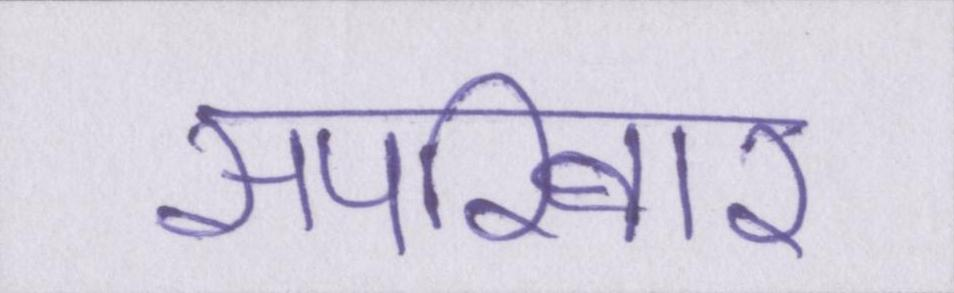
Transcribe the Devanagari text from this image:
सपरिवार